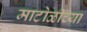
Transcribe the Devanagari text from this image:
माटोळीच्या